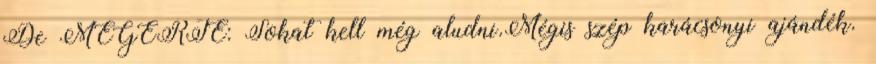
De MEGÉRTE: Sokat kell még aludni.Mégis szép karácsonyi ajándék.